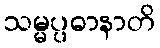
သမ္မပ္ပဓာနာတိ